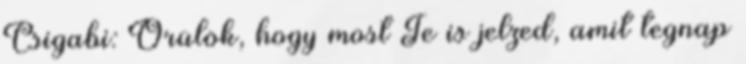
Csigabi: Örülök, hogy most Te is jelzed, amit tegnap